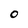
Character: 0